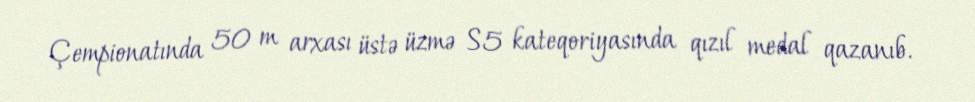
Çempionatında 50 m arxası üstə üzmə S5 kateqoriyasında qızıl medal qazanıb.